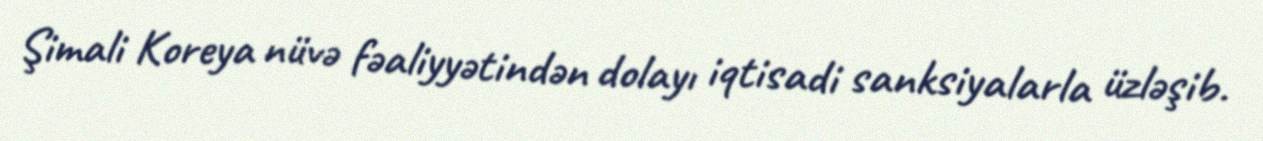
Şimali Koreya nüvə fəaliyyətindən dolayı iqtisadi sanksiyalarla üzləşib.